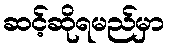
ဆင့်ဆိုရမည်မှာ